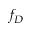
f _ { D }